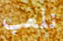
نلعب